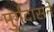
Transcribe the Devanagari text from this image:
मुर्गदासने